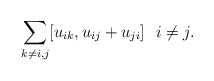
\begin{gather*}\sum_{k \not=i,j} [u_{ik},u_{ij}+u_{ji}] \ \ i \not= j.\end{gather*}